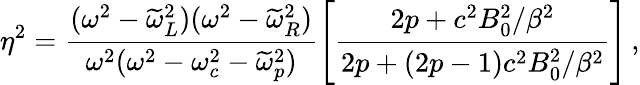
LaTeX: \eta^{2}=\frac{(\omega^{2}-\widetilde{\omega}_{L}^{2})(\omega^{2}-\widetilde{\omega}_{R}^{2})}{\omega^{2}(\omega^{2}-\omega_{c}^{2}-\widetilde{\omega}_{p}^{2})}\left[\frac{2p+c^{2}B_{0}^{2}/\beta^{2}}{2p+(2p-1)c^{2}B_{0}^{2}/\beta^{2}}\right]\, ,